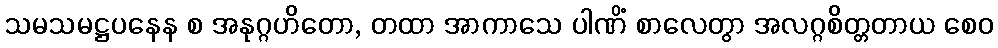
သမသမဋ္ဌပနေန စ အနုဂ္ဂဟိတော, တထာ အာကာသေ ပါဏိံ စာလေတွာ အလဂ္ဂစိတ္တတာယ စေဝ